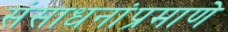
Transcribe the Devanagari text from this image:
संसाधनांप्रमाणे